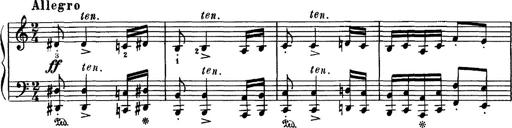
Title: Hungarian Rhapsody No.16
Composer: Franz Liszt
Key: A minor